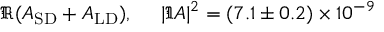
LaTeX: \Re ( { A _ { \mathrm { S D } } } + A _ { \mathrm { L D } } ) , ~ ~ ~ ~ | \Im A | ^ { 2 } = ( 7 . 1 \pm 0 . 2 ) \times 1 0 ^ { - 9 }